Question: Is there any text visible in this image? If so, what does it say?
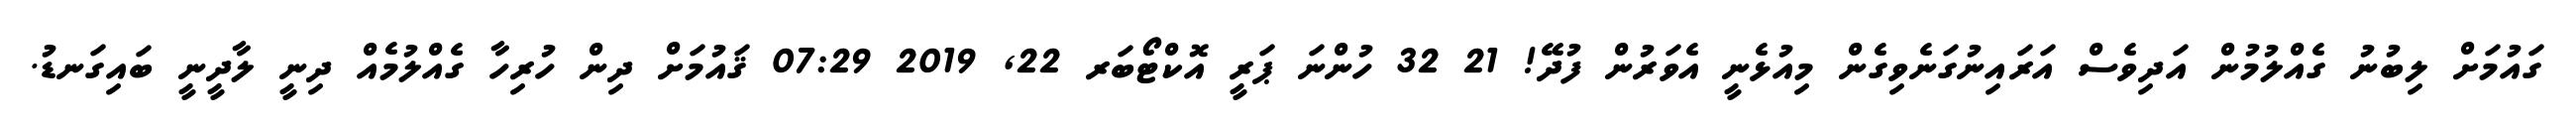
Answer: ގައުމަށް ލިބުނު ގެއްލުމުން އަދިވެސް އަރައިނުގަނެވިގެން މިއުޅެނީ އެވަރުން ފުދޭ! 21 32 ހުންނަ ޕަރީ އޮކްޓޯބަރ 22, 2019 07:29 ޤައުމަށް ދިން ހުރިހާ ގެއްލުމެއް ދިނީ ލާދީނީ ބައިގަނޑު.